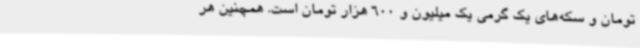
تومان و سکه‌های یک گرمی یک میلیون و 600 هزار تومان است. همچنین هر